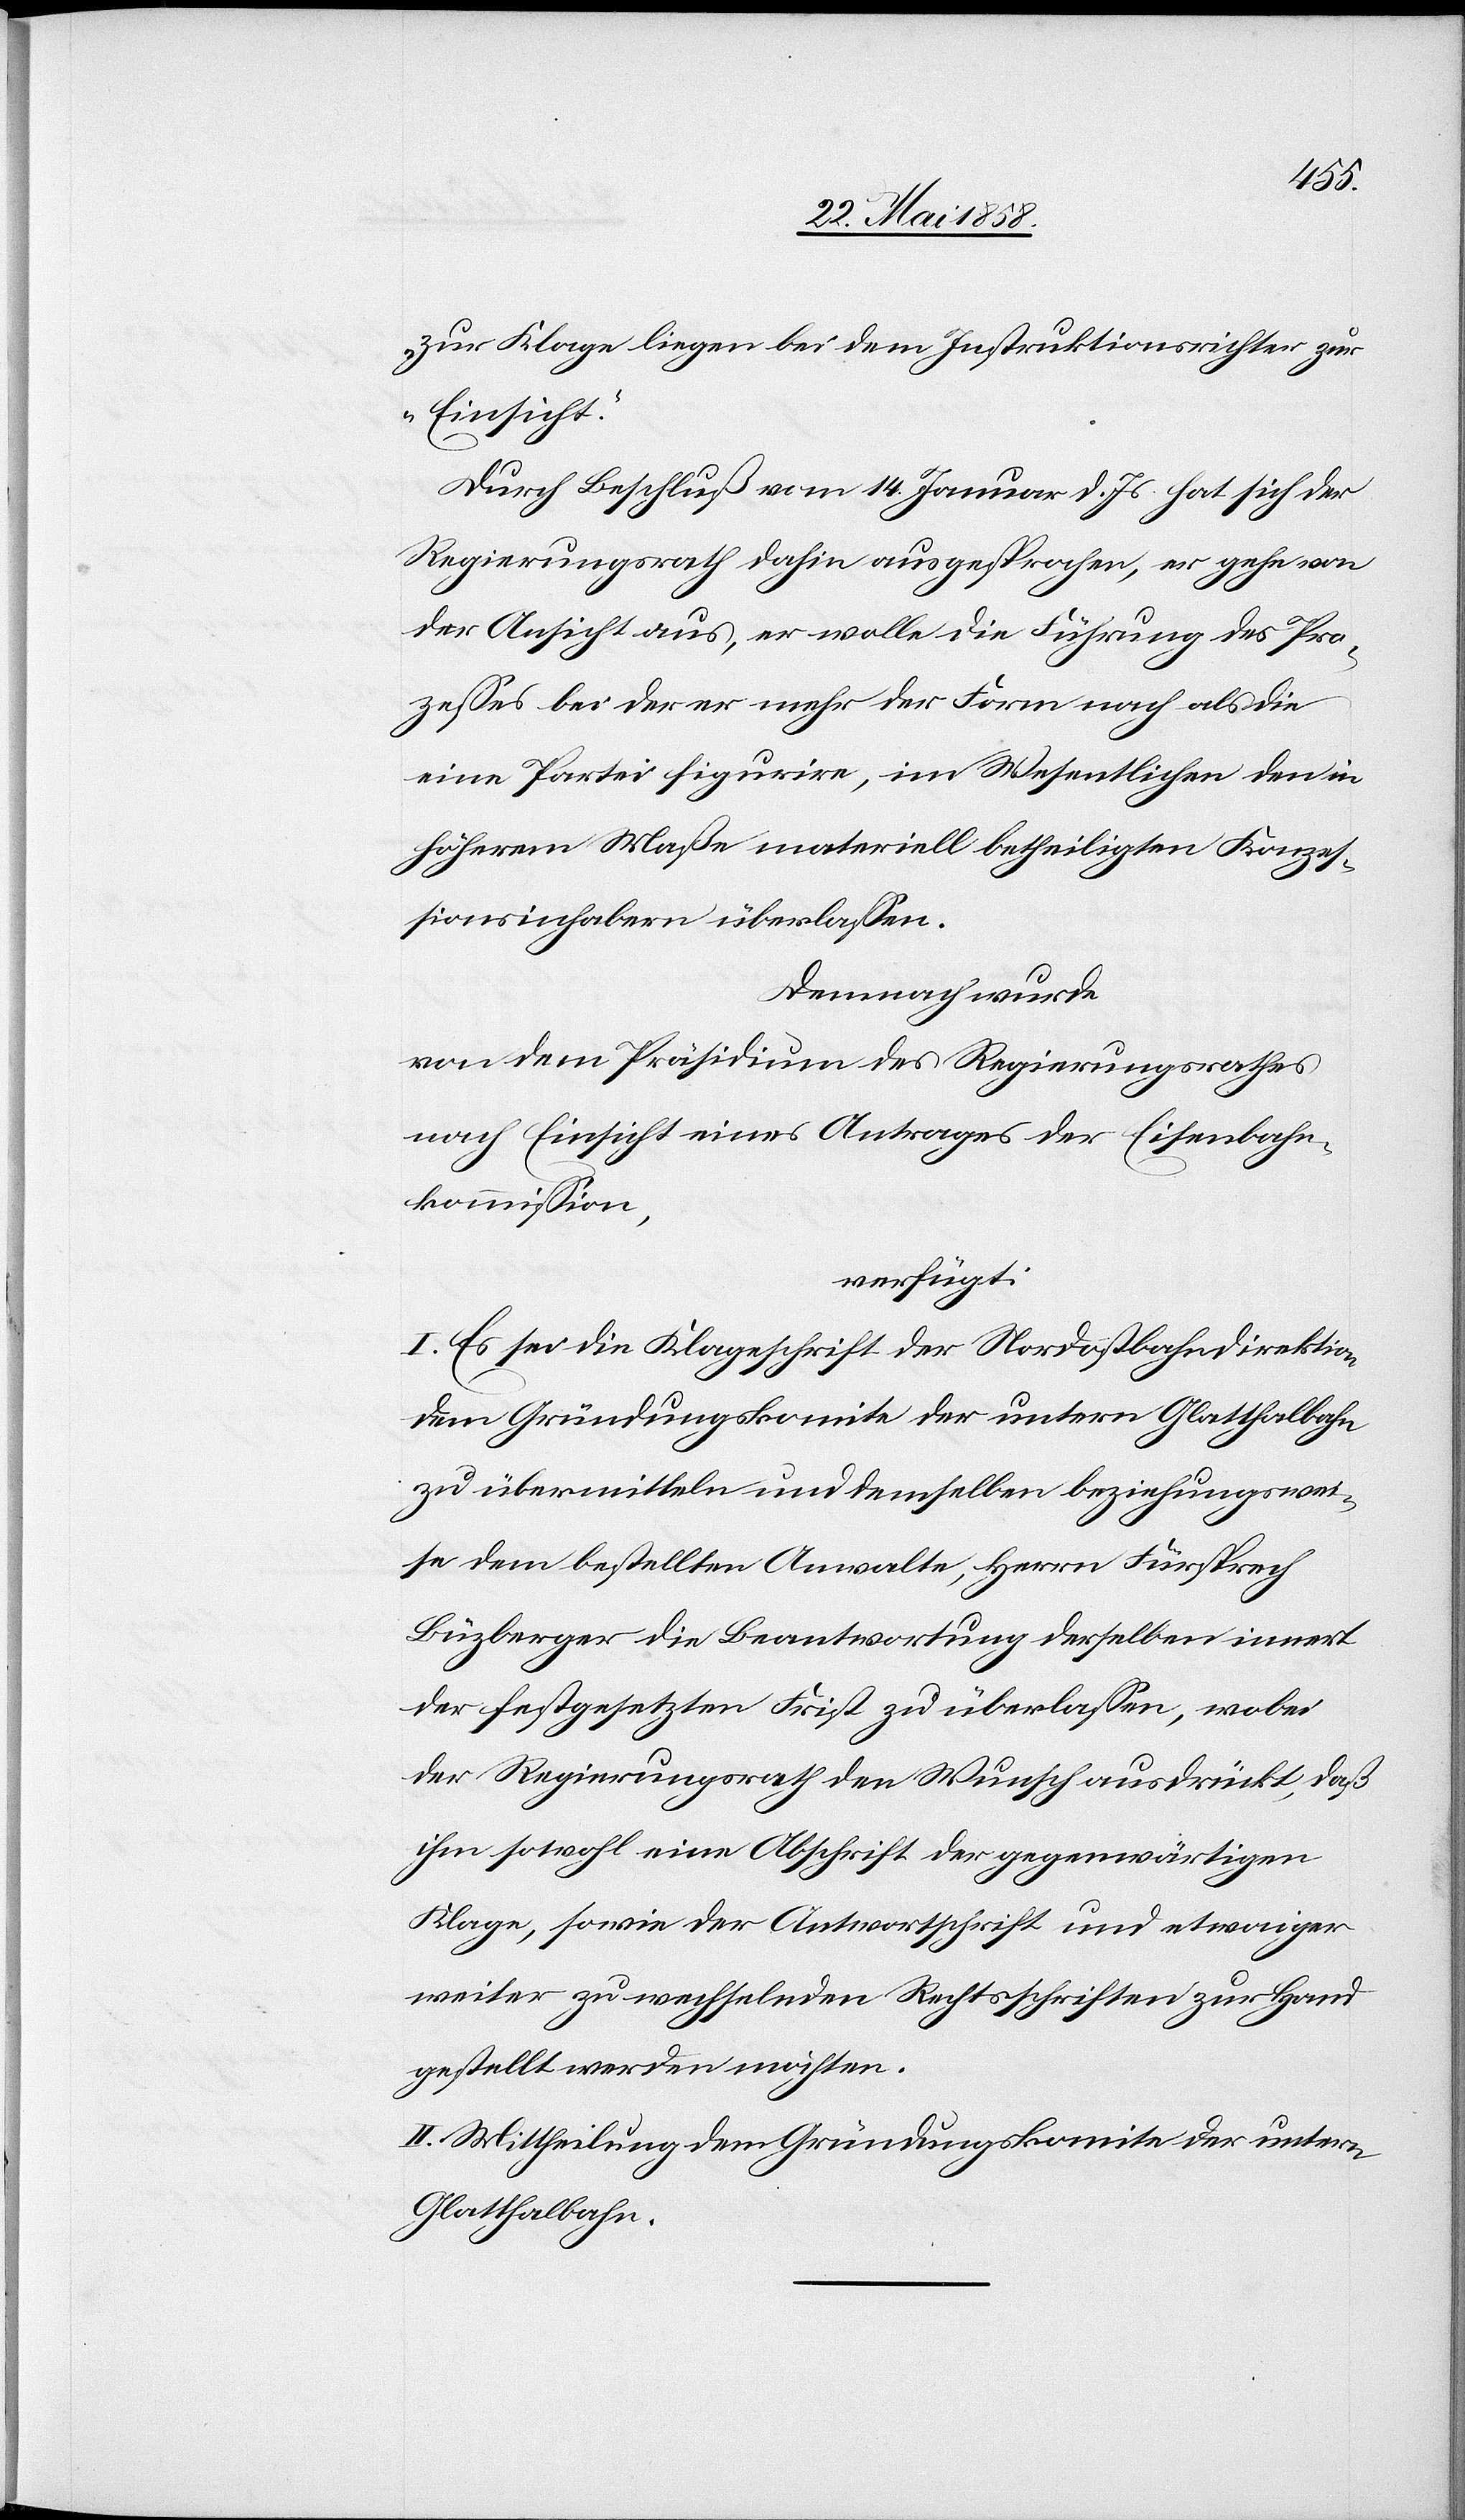
zur Klage liegen bei dem Instruktionsrichter zur
Einsicht.“
Durch Beschluß vom 14. Januar d. Js. hat sich der
Regierungsrath dahin ausgesprochen, er gehe von
der Ansicht aus, er wolle die Führung des Pro¬
zesses bei der er mehr der Form nach als die
eine Partei figurire, im Wesentlichen den in
höherem Maße materiell betheiligten Konzes¬
sionsinhabern überlassen.
Demnach wurde
von dem Präsidium des Regierungsrathes
nach Einsicht eines Antrages der Eisenbahn¬
kommission,
verfügt:
I. Es sei die Klageschrift der Nordostbahndirektion
dem Gründungskomite der untern Glatthalbahn
zu übermitteln und demselben beziehungswei¬
se dem bestellten Anwalte, Herrn Fürsprech
Büzberger die Beantwortung derselben innert
der festgesetzten Frist zu überlassen, wobei
der Regierungsrath den Wunsch ausdrückt, daß
ihm sowohl eine Abschrift der gegenwärtigen
Klage, sowie der Antwortschrift und etwaiger
weiter zu wechselnden Rechtsschriften zur Hand
gestellt werden möchten.
II. Mittheilung dem Gründungskomite der untern
Glatthalbahn.